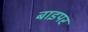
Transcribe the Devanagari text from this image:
बाइपर